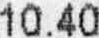
10.40